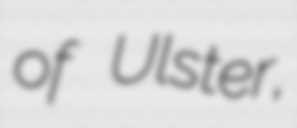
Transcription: of Ulster,